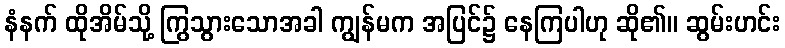
နံနက် ထိုအိမ်သို့ ကြွသွားသောအခါ ကျွန်မက အပြင်၌ နေကြပါဟု ဆို၏။ ဆွမ်းဟင်း